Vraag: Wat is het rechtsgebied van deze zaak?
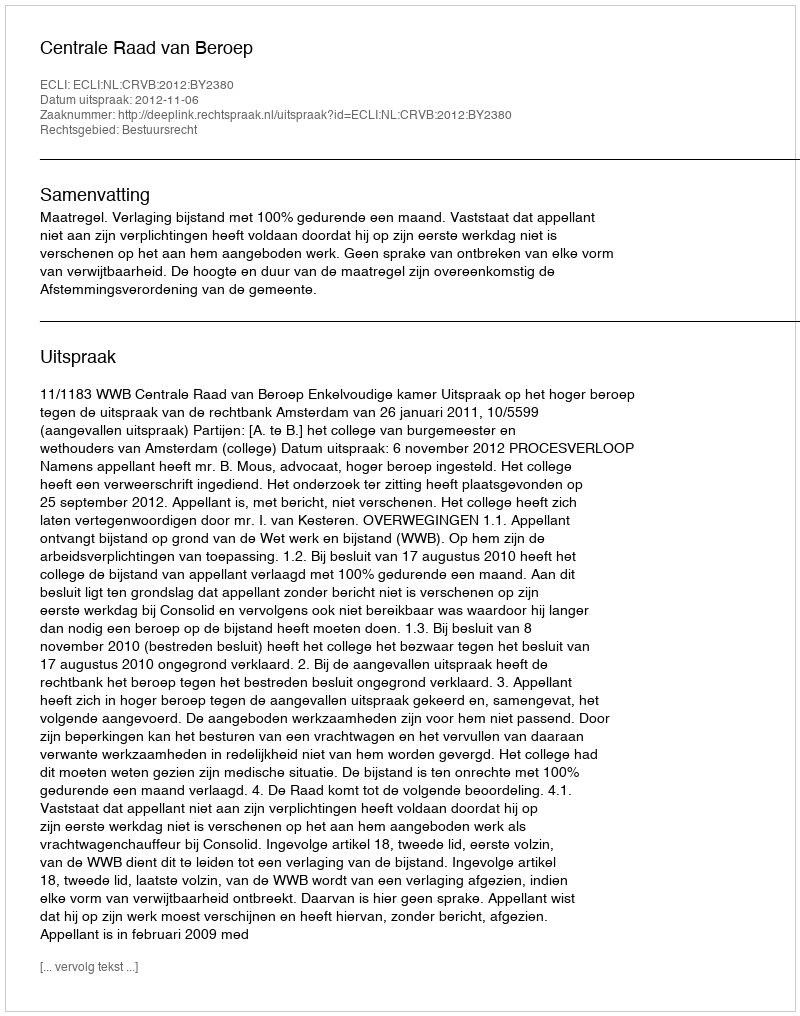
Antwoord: Bestuursrecht